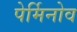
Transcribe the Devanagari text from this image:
पेर्मिनोव